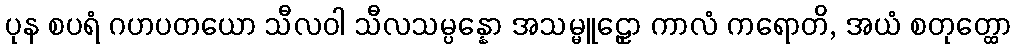
ပုန စပရံ ဂဟပတယော သီလဝါ သီလသမ္ပန္နော အသမ္မူဠှော ကာလံ ကရောတိ, အယံ စတုတ္ထော